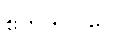
ဧတဒဂ္ဂဝဂ္ဂေါ